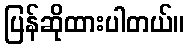
ပြန်ဆိုထားပါတယ်။